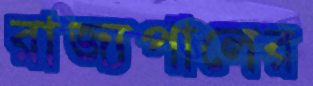
রাজ্যপালের